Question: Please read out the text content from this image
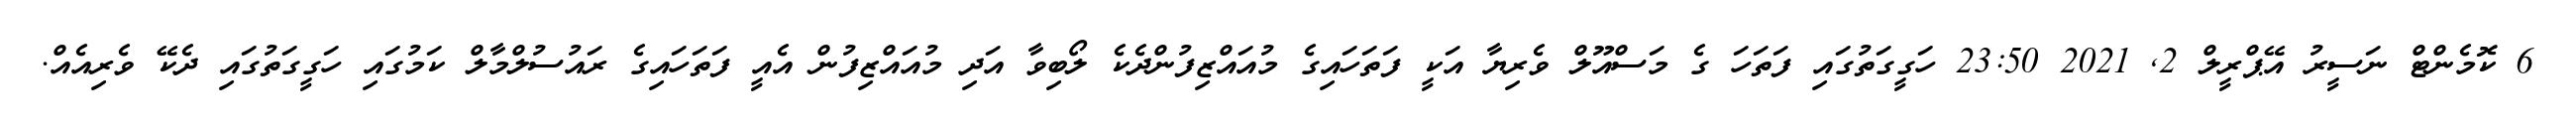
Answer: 6 ކޮމެންޓް ނަސީރު އޭޕްރީލް 2, 2021 23:50 ހަގީގަތުގައި ފަތަހަ ގެ މަސްއޫލް ވެރިޔާ އަކީ ފަތަހައިގެ މުއައްޒިފުންދެކެ ލޯބިވާ އަދި މުއައްޒިފުން އެއީ ފަތަހައިގެ ރައުސުލްމާލް ކަމުގައި ހަގީގަތުގައި ދެކޭ ވެރިއެއް.